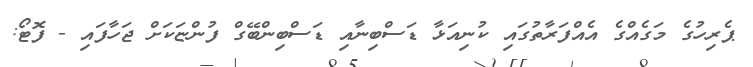
ޕެރިހުގެ މަގެއްގެ އެއްފަރާތުގައި ކުނިއަޅާ ޑަސްބިނާއި ޑަސްބިންބޭގް ފުންޏަކަށް ޖަހާފައި - ފޮޓޯ: